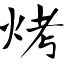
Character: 烤